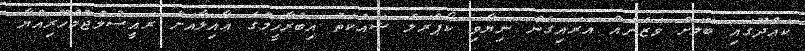
ކައްދޫގައި ބޮލަށް ވަޒަނެއް އަރައިގެން ނިޔާވި ކޯޕްރަލް ޝައުކަތު އިބްރާހީމްގެ ޢާއިލާއަށް ރައީސުލްޖުމްހޫރިއްޔާ